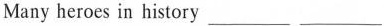
Many heroes in history ___ ___